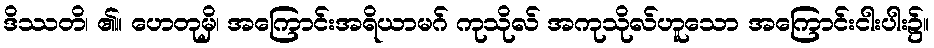
ဒိဿတိ၊ ၏။ ဟေတုမှိ၊ အကြောင်းအရိယာမဂ် ကုသိုလ် အကုသိုလ်ဟူသော အကြောင်းငါးပါး၌။